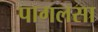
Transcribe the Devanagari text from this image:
पागलसा